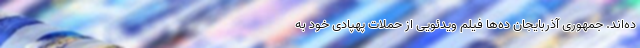
ده‌اند. جمهوری آذربایجان ده‌ها فیلم ویدئویی از حملات پهپادی خود به